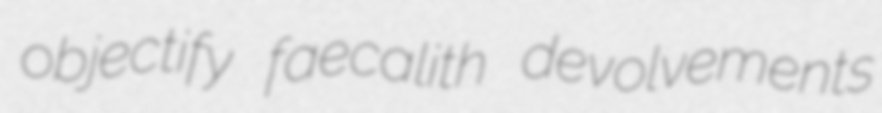
objectify faecalith devolvements